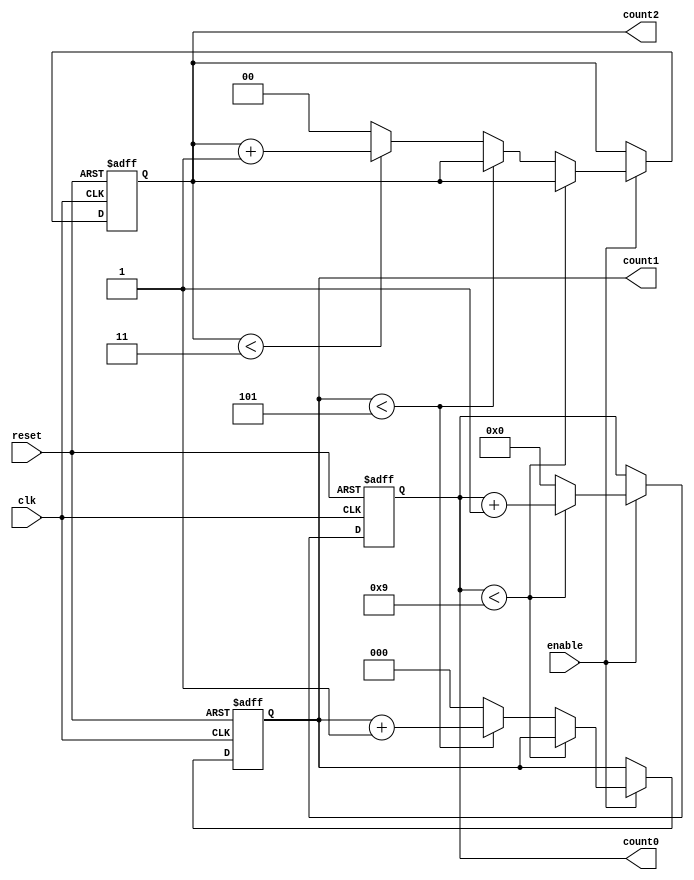
module mixed_radix_counter #(
    parameter RADIX0 = 10,  // Radix for digit 0
    parameter RADIX1 = 6,   // Radix for digit 1
    parameter RADIX2 = 4    // Radix for digit 2
)(
    input wire clk,         // Clock input
    input wire reset,       // Asynchronous reset
    input wire enable,      // Counter enable
    output reg [3:0] count0, // Output for digit 0
    output reg [2:0] count1, // Output for digit 1
    output reg [1:0] count2  // Output for digit 2
);

    // Count logic for each digit based on the preceding digit
    always @(posedge clk or posedge reset) begin
        if (reset) begin
            // Reset all count values
            count0 <= 0;
            count1 <= 0;
            count2 <= 0;
        end else if (enable) begin
            // Counting for count0 (least significant digit)
            if (count0 < RADIX0 - 1) begin
                count0 <= count0 + 1;
            end else begin
                count0 <= 0; // Reset count0
                // Counting for count1
                if (count1 < RADIX1 - 1) begin
                    count1 <= count1 + 1;
                end else begin
                    count1 <= 0; // Reset count1
                    // Counting for count2
                    if (count2 < RADIX2 - 1) begin
                        count2 <= count2 + 1;
                    end else begin
                        count2 <= 0; // Reset count2
                    end
                end
            end
        end
    end

endmodule